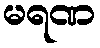
မရဏ